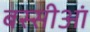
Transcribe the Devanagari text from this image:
बस्सीआं